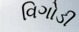
વિગોડી